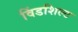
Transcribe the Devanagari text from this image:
विंडशिल्ट